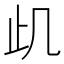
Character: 𭭙